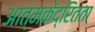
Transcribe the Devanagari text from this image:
आत्मकेंद्रितता